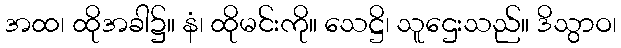
အထ၊ ထိုအခါ၌။ နံ၊ ထိုမင်းကို။ သေဋ္ဌိ၊ သူဌေးသည်။ ဒိသွာဝ၊